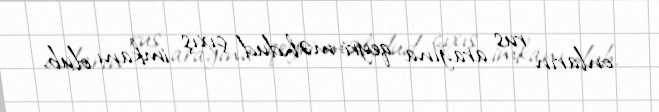
onların rus arağına qeyri-məhdud çıxış imkanı olub.